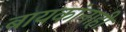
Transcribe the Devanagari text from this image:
बायकांनाही